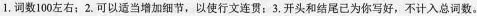
1.词数100左右; 2.可以适当增加细节，以使行文连贯; 3.开头和结尾已为你写好，不计入总词数。